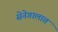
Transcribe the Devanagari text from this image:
सेनेगालात